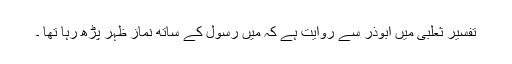
تفسیر ثعلبی میں ابوذر سے روایت ہے کہ میں رسول ۖکے ساتھ نماز ظہر پڑھ رہا تھا ۔